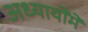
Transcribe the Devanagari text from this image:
अध्यायोंमें